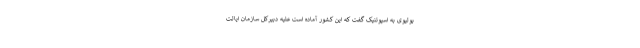
بولیوی به اسپوتنیک گفت که این کشور آماده است علیه دبیرکل سازمان ایالت